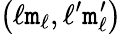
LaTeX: \left(\ell\mathtt{m}_{\ell},\ell^{\prime}\mathtt{m}_{\ell}^{\prime}\right)